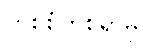
တစ်စုံတစ်ရာမှ